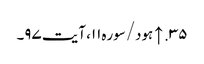
۳۵. ↑ ہود/سوره۱۱، آیت ۹۷۔